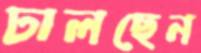
ঢালছেন